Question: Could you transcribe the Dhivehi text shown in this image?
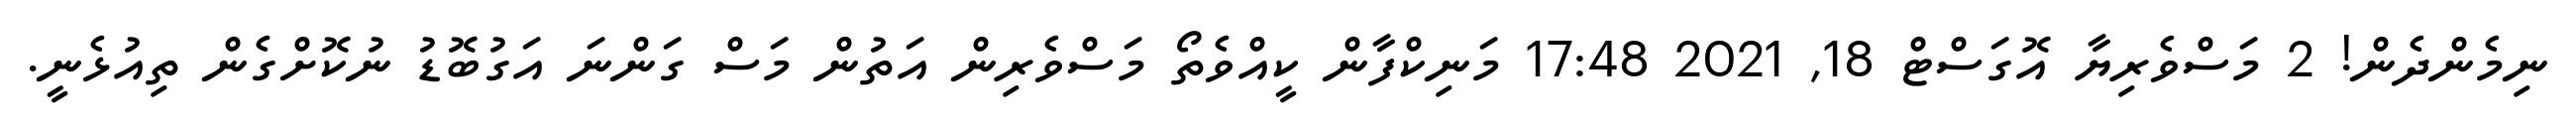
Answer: ނިމެންދެން! 2 މަސްވެރިޔާ އޮގަސްޓް 18, 2021 17:48 މަނިކްފާން ކީއްވެތޯ މަސްވެރިން އަތުން މަސް ގަންނަ އަގުބޮޑު ނުކޮށްގެން ތިއުޅެނީ.